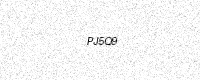
Text: PJ5Q9